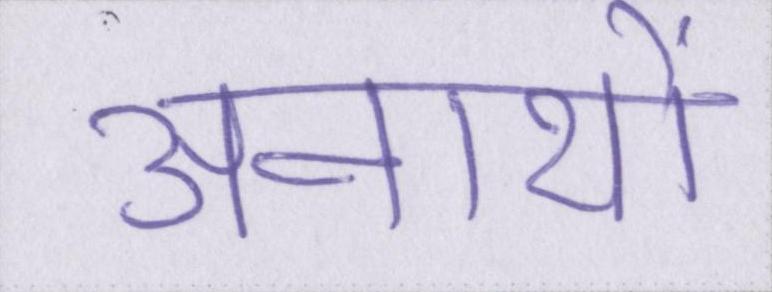
अनाथों